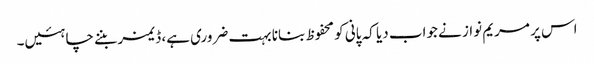
اس پر مریم نواز نے جواب دیا کہ پانی کو محفوظ بنانا بہت ضروری ہے، ڈیمز بننے چاہئیں۔